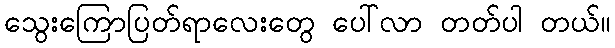
သွေးကြောပြတ်ရာလေးတွေ ပေါ်လာ တတ်ပါ တယ်။